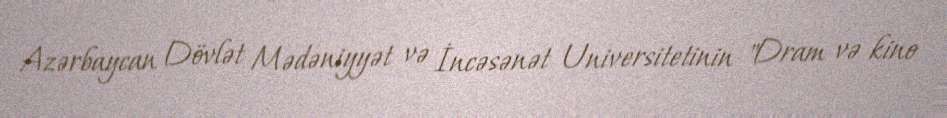
Azərbaycan Dövlət Mədəniyyət və İncəsənət Universitetinin "Dram və kino